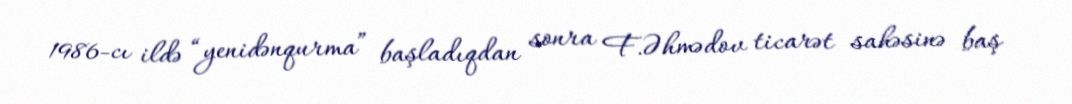
1986-cı ildə “yenidənqurma” başladıqdan sonra F.Əhmədov ticarət sahəsinə baş